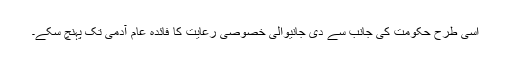
اسی طرح حکومت کی جانب سے دی جانیوالی خصوصی رعایت کا فائدہ عام آدمی تک پہنچ سکے۔